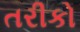
તરીકો